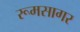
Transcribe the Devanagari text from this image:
रूमसागर